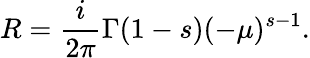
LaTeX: R={\frac{i}{2\pi}}\Gamma(1-s)(-\mu)^{s-1}.